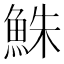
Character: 鮢